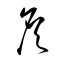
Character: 詹